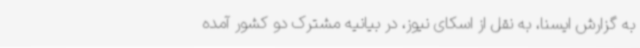
به گزارش ایسنا، به نقل از اسکای نیوز، در بیانیه مشترک دو کشور آمده